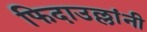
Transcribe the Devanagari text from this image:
फिदाउल्लांनी